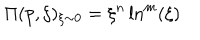
\Pi ( p , \xi ) _ { \xi \sim 0 } = \xi ^ { n } \ln ^ { m } ( \xi )